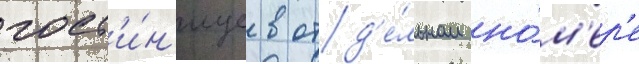
гост'и́н'ице в отд'е́льном но́м'ер'е